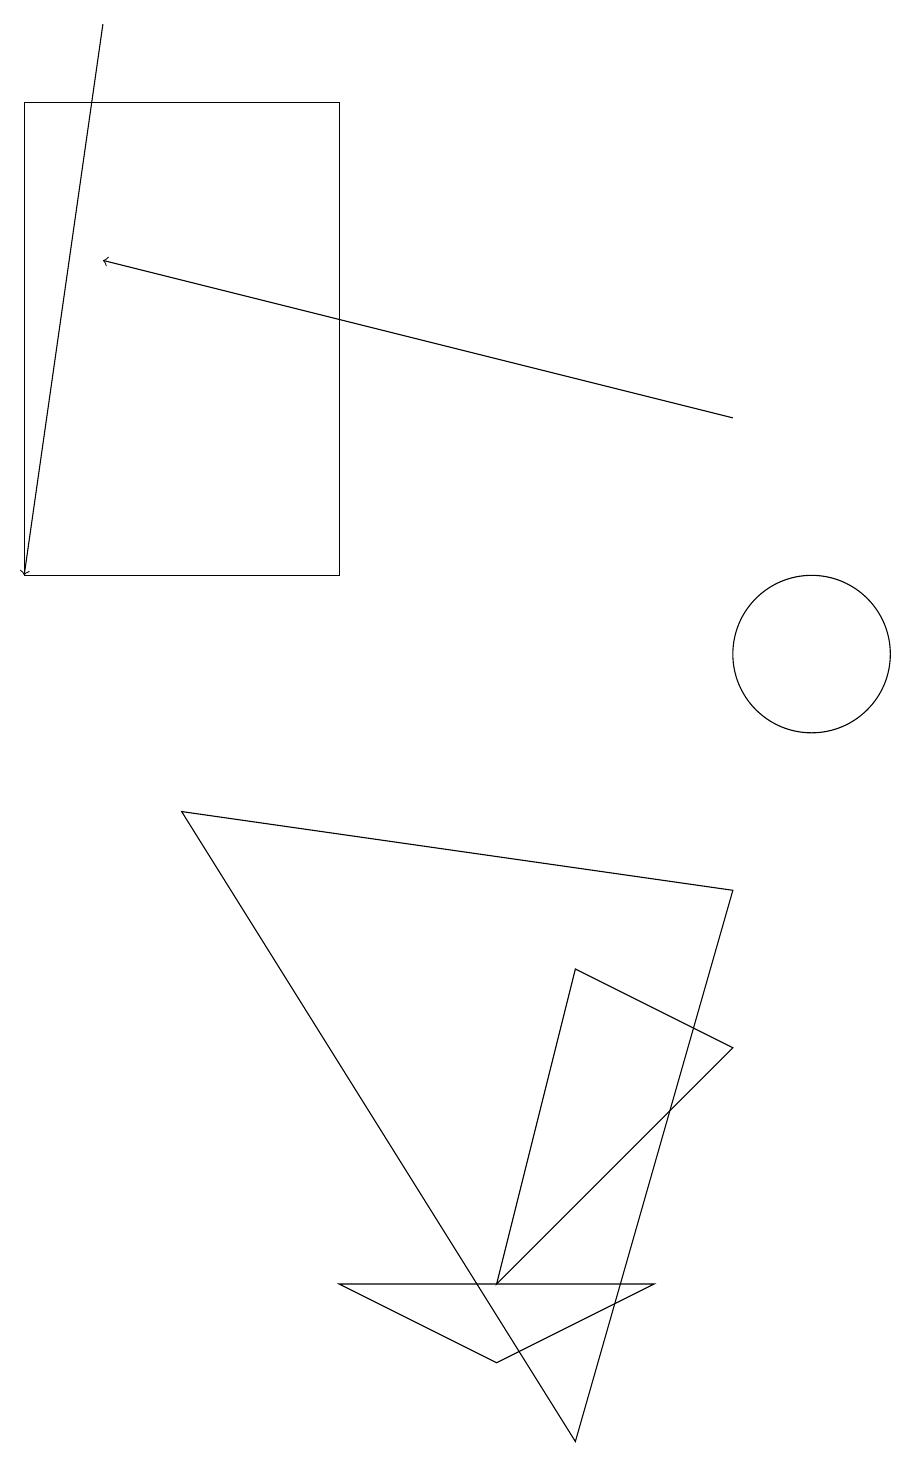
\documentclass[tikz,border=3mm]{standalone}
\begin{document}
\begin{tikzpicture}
\draw (10,11) circle (1);
\draw[->] (9,14) -- (1,16);
\draw[->] (1,19) -- (0,12);
\draw (7,7) -- (6,3) -- (9,6) -- cycle;
\draw (2,9) -- (7,1) -- (9,8) -- cycle;
\draw (4,3) -- (8,3) -- (6,2) -- cycle;
\draw (0,18) rectangle (4,12);
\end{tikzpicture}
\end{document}